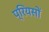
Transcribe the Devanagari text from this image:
प्रियसों